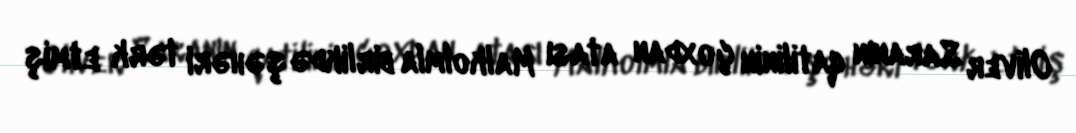
Oliver Saranın qatilinin çoxdan atası Malkolmla birlikdə şəhəri tərk etmiş